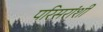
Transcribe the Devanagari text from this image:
परिसरांशी